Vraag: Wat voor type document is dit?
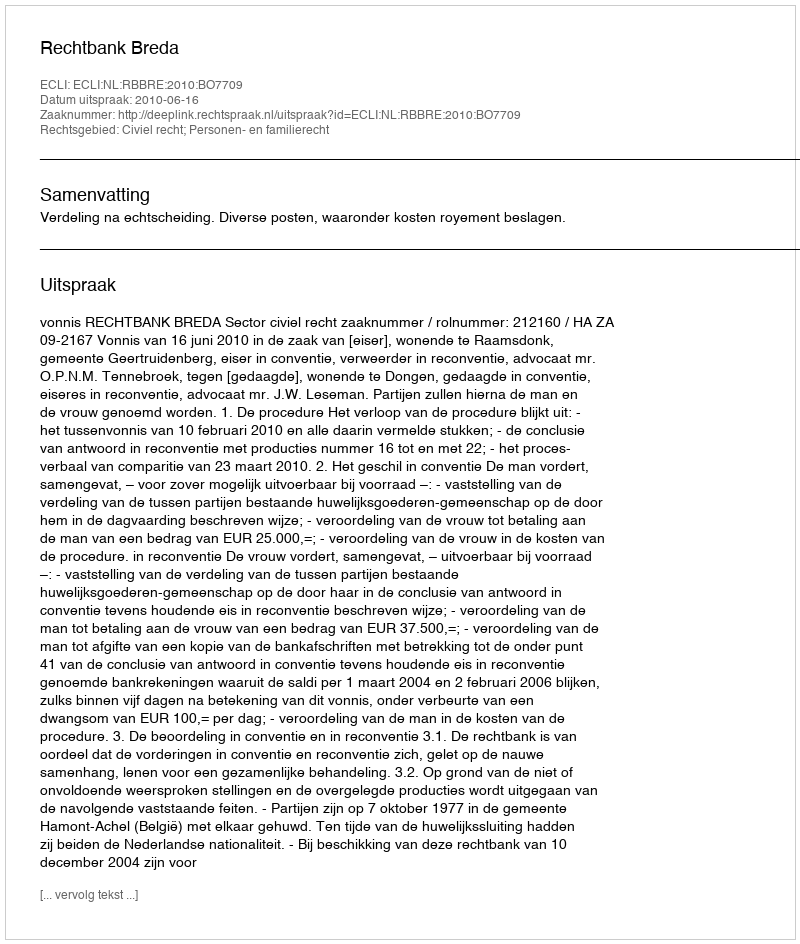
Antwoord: Uitspraak